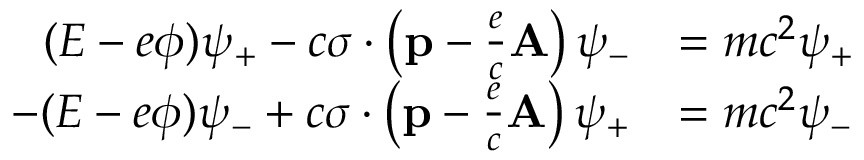
{ \begin{array} { r l } { ( E - e \phi ) \psi _ { + } - c { \boldsymbol { \sigma } } \cdot \left( \mathbf { p } - { \frac { e } { c } } \mathbf { A } \right) \psi _ { - } } & { = m c ^ { 2 } \psi _ { + } } \\ { - ( E - e \phi ) \psi _ { - } + c { \boldsymbol { \sigma } } \cdot \left( \mathbf { p } - { \frac { e } { c } } \mathbf { A } \right) \psi _ { + } } & { = m c ^ { 2 } \psi _ { - } } \end{array} }